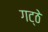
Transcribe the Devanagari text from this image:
गट्ठे